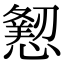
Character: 𢢍